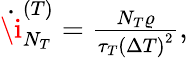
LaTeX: \begin{array}{r}{\dot{\i}_{N_{T}}^{(T)}=\frac{N_{T}\varrho}{\tau_{T}\left(\Delta T\right)^{2}},}\end{array}